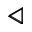
\pmb { \triangleleft }